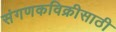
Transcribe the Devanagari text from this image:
संगणकविक्रीसाठी